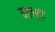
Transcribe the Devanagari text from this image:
वाइल्डी